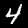
Label: 4